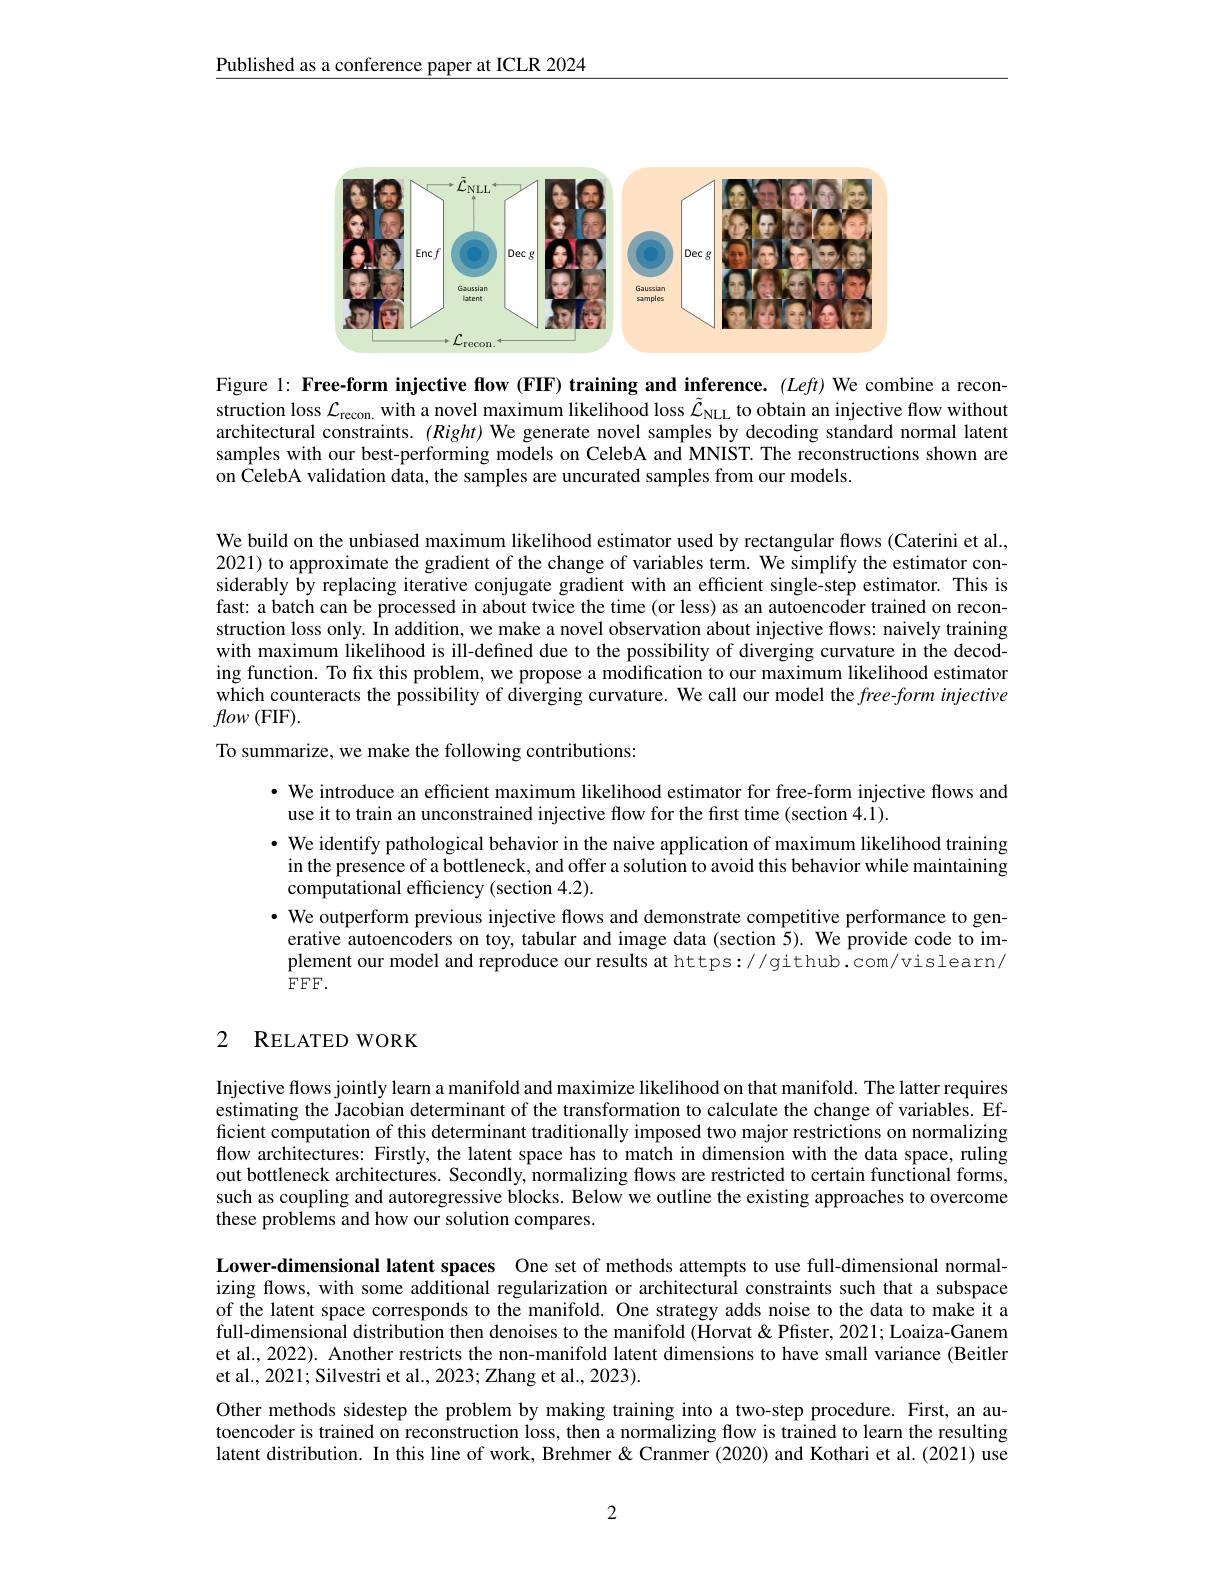
$\underline{\text{Published as a conference paper at ICLR 2024}}$

<FigureHere>

Figure l: Free-form injective flow (FIF) training and inference. (Left) We combine a reconstruction loss $\mathcal{L}_\mathrm{recon.}$ with a novel maximum likelihood loss $\tilde{\mathcal{L}}_\mathrm{NILL}$ to obtain an injective flow without architectural constraints. $(Right)$ We generate novel samples by decoding standard normal latent samples with our best-performing models on CelebA and MNIST. The reconstructions shown are on CelebA validation data, the samples are uncurated samples from our models.

We build on the unbiased maximum likelihood estimator used by rectangular flows (Caterini et al., 2021) to approximate the gradient of the change of variables term. We simplify the estimator considerably by replacing iterative conjugate gradient with an efficient single-step estimator. This is fast: a batch can be processed in about twice the time (or less) as an autoencoder trained on reconstruction loss only. În addition, we make a novel observation about injective flows: naively training with maximum likelihood is ill-defined due to the possibility of diverging curvature in the decoding function. To fo fux this problem, we propose a modification to our maximum likelihood estimator which counteracts the possibility of diverging curvature. We call our model the $free-form$ injective $flow\left(\mathrm{FIF}\right).$
To summarize, we make the following contributions:

· We introduce an efficient maximum likelihood estimator for free-form injective flows and
use it to train an unconstrained injective flow for the first time (section 4.1).
$\cdot$ We identify pathological behavior in the naive application of maximum likelihood training
in the presence of a bottleneck, and offer a solution to avoid this behavior while maintaining
computational efficiency (section 4.2).
$\cdot$ We outperform previous injective flows and demonstrate competitive performance to gen-
erative autoencoders on toy, tabular and image data (section 5). We provide code to implement our model and reproduce our results at https://github.com/vislearn/ $FFF.$

# 2 RELATED WORK

Injective flows jointly learn a manifold and maximize likelihood on that manifold. The latter requires estimating the Jacobian determinant of the transformation to calculate the change of variables. Efficient computation of this determinant traditionally imposed two major restrictions on normalizing flow architectures: Firstly, the latent space has to match in dimension with the data space, ruling out bottleneck architectures. Secondly, normalizing flows are restricted to certain functional forms, such as coupling and autoregressive blocks. Below we outline the existing approaches to overcome these problems and how our solution compares.

Lower-dimensional latent spaces One set of methods attempts to use full-dimensional normalizing flows, with some additional regularization or architectural constraints such that a subspace of the latent space corresponds to the manifold. One strategy adds noise to the data to make it a full-dimensional distribution then denoises to the manifold (Horvat & Pfister, 2021; Loaiza-Ganem et al., 2022). Another restricts the non-manifold latent dimensions to have small variance (Beitler et al., 2021; Silvestri et al., 2023; Zhang et al., 2023).
Other methods sidestep the problem by making training into a two-step procedure. First, an autoencoder is trained on reconstruction loss, then a normalizing flow is trained to learn the resulting latent distribution. In this line of work, Brehmer & Cranmer (2020) and Kothari et al.(2021) use

2